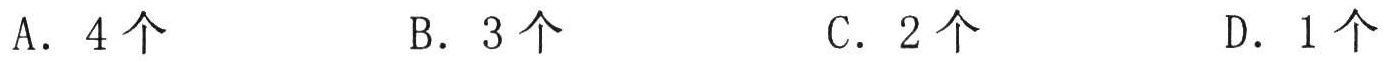
A. \(4\) 个  \ \ \ \ \ B. \(3\) 个  \ \ \ \ \ C. \(2\) 个  \ \ \ \ \ D. \(1\) 个